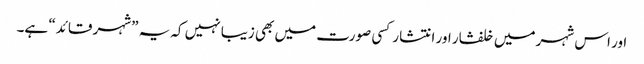
اور اس شہر میں خلفشار اور انتشار کسی صورت میں بھی زیبا نہیں کہ یہ ”شہر قائد“ ہے۔